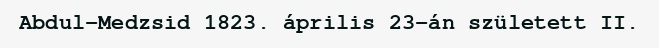
Abdul-Medzsid 1823. április 23-án született II.